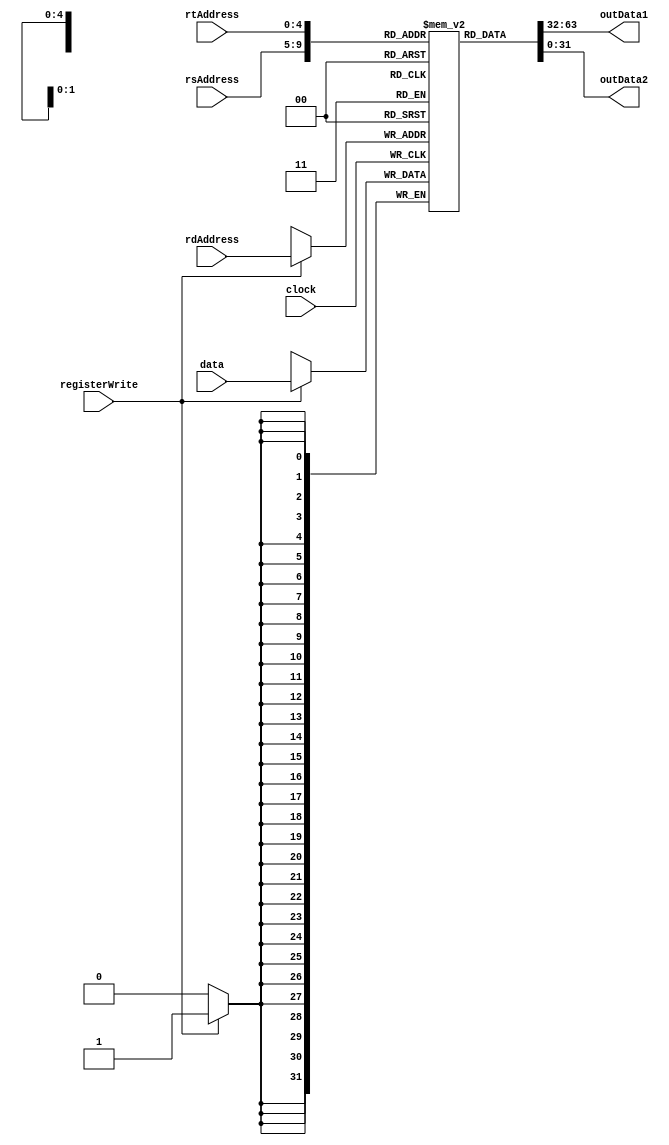
module RegisterBank(
      clock,
		rdAddress, //Endereo registrador de destino
      rsAddress, //Endereo registrador fonte
      rtAddress, //Endereo registrador fonte
      data, //Informao
      registerWrite, //Sinal de controle - se registerWrite = 1 -> salva data
      outData1, //Dado 1
      outData2 //Dado 2
);

      input clock;
      input [4:0] rsAddress , rtAddress, rdAddress;
      input [31:0] data;
      input registerWrite;
      output [31:0] outData1, outData2;

      reg [31:0]registers[31:0]; //32 x 32bits array - 128 Bytes

      assign outData1 = registers[rsAddress];
      assign outData2 = registers[rtAddress];

      always @ (posedge clock) begin
			if(registerWrite == 1'd1) registers[rdAddress] = data;
      end

endmodule